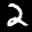
Label: 2